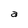
Character: a